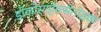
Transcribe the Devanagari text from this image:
डोकोसाहेक्सेनोइक